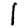
Digit: 1